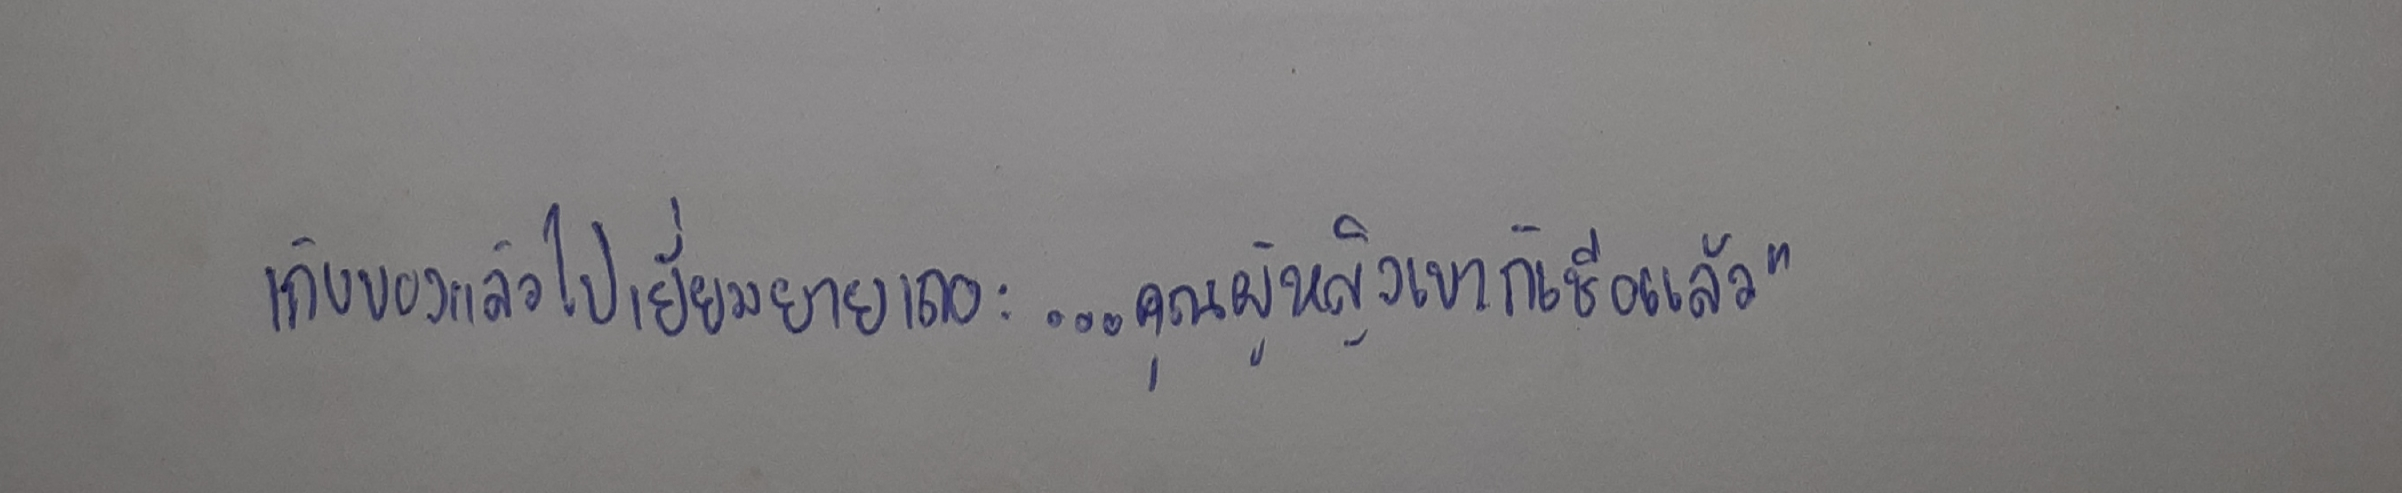
เก็บของแล้วไปเยี่ยมยายเถอะ...คุณผู้หญิงเขาก็เชื่อแล้ว"